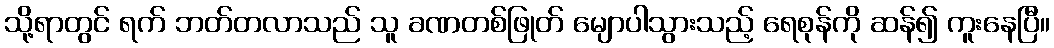
သို့ရာတွင် ရက် ဘတ်တလာသည် သူ ခဏတစ်ဖြုတ် မျောပါသွားသည့် ရေစုန်ကို ဆန်၍ ကူးနေပြီ။